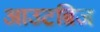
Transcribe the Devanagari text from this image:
आउटब्रिज